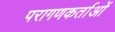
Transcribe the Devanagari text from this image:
परागणकर्ताओं